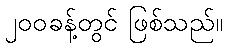
၂၀၀ခန့်တွင် ဖြစ်သည်။